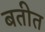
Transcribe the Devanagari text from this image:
बतीत